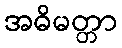
အဓိမတ္တာ